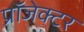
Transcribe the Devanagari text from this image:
प्रॉजेक्टर